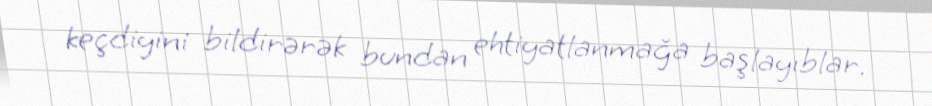
keçdiyini bildirərək bundan ehtiyatlanmağa başlayıblar.